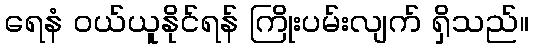
ရေနံ ဝယ်ယူနိုင်ရန် ကြိုးပမ်းလျက် ရှိသည်။